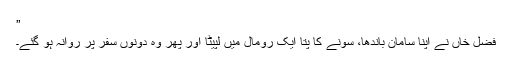
”
فضل خاں نے اپنا سامان باندھا، سونے کا پتا ایک رومال میں لپیٹا اور پھر وہ دونوں سفر پر روانہ ہو گئے۔